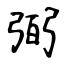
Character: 弼